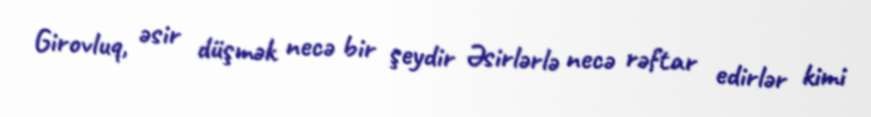
Girovluq, əsir düşmək necə bir şeydir Əsirlərlə necə rəftar edirlər kimi